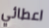
اعطائي